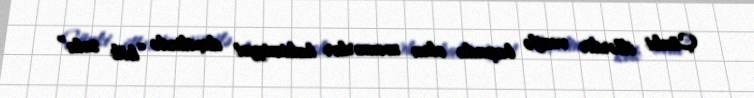
Çünki illərdir vəzifə başında olan məmurlar hakimiyyət daxilində “kök sala”